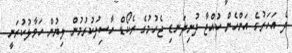
ދެ އަހަރުގެ އަންހެން ކުއްޖާ ދުނިދަނޑި ޖެހުމުގެ ރެކޯޑް ހާސިލުކުރުމުން ލިޔުން ހަވާލުކުރަނީ